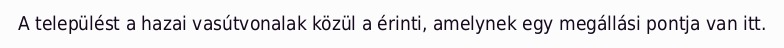
A települést a hazai vasútvonalak közül a érinti, amelynek egy megállási pontja van itt.